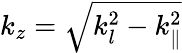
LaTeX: k_{z}=\sqrt{k_{l}^{2}-k_{\parallel}^{2}}